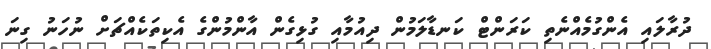
ދުރާލައި އެންގުމެއްނެތި ކަރަންޓް ކަނޑާލަމުން ދިއުމާއި ގުޅިގެން އާންމުންގެ އެކިތަކެއްޗަށް ނުހަނު ގިނަ